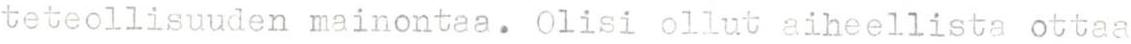
teteollisuuden mainontaa. Olisi ollut aiheellista ottaa